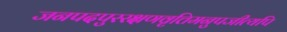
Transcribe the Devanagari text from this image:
जनपदपुररक्षणवृत्तिमनुपजीत्यपि